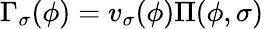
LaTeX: \Gamma_{\sigma}(\phi)=v_{\sigma}(\phi)\Pi(\phi,\sigma)